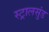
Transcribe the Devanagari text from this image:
स्ट्रालसुंड